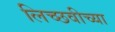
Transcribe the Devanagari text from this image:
लिच्छवीच्या